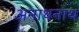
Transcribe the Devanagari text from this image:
अनाथनाथ